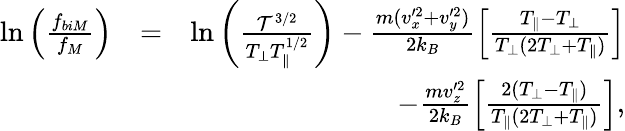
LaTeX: \begin{array}{rlr}{\ln\left(\frac{f_{biM}}{f_{M}}\right)}&{=}&{\ln\left(\frac{{\cal T}^{3/2}}{T_{\perp}T_{\parallel}^{1/2}}\right)-\frac{m(v_{x}^{\prime 2}+v_{y}^{\prime 2})}{2k_{B}}\left[\frac{T_{\parallel}-T_{\perp}}{T_{\perp}(2T_{\perp}+T_{\parallel})}\right]}\\ &{}&{-\frac{mv_{z}^{\prime 2}}{2k_{B}}\left[\frac{2(T_{\perp}-T_{\parallel})}{T_{\parallel}(2T_{\perp}+T_{\parallel})}\right],}\end{array}